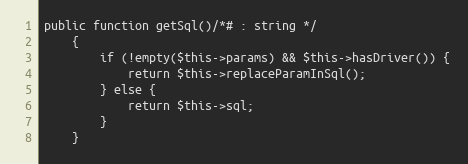
Language: PHP
public function getSql()/*# : string */
    {
        if (!empty($this->params) && $this->hasDriver()) {
            return $this->replaceParamInSql();
        } else {
            return $this->sql;
        }
    }